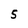
Character: 5